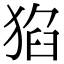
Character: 𤟅